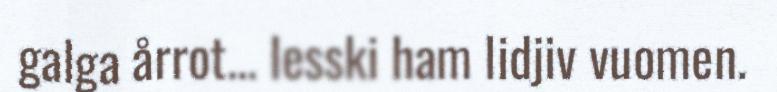
galga årrot... Iesski ham lidjiv vuomen.